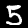
Label: 5